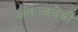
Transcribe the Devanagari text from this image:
अंतःत्वचेची